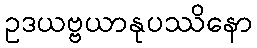
ဥဒယဗ္ဗယာနုပဿိနော